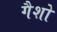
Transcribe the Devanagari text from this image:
गैशो